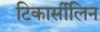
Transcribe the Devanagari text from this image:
टिकार्सीलिन